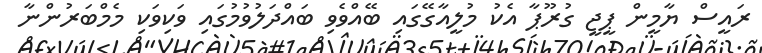
ރައީސް ޔާމީން ޕީޖީ ގުރޫޕާ އެކު މުލީއާގޭގައި ބޭއްވެވި ބައްދަލުވުމުގައި ވަކިވަކި މެމްބަރުންނާ